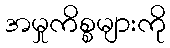
အမှုကိစ္စများကို